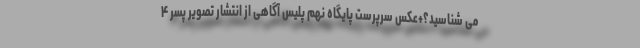
می شناسید؟+عکس سرپرست پایگاه نهم پلیس آگاهی از انتشار تصویر پسر ۴